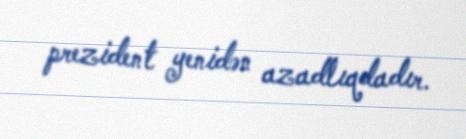
prezident yenidən azadlıqdadır.